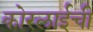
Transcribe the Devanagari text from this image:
कोरलाईची